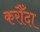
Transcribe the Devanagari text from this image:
करौँदा